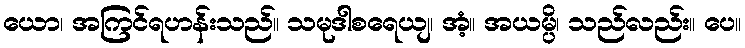
ယော၊ အကြင်ရဟန်းသည်။ သမုဒါစရေယျ၊ အံ့။ အယမ္ပိ၊ သည်လည်း။ ပေ။